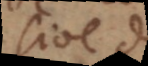
sive de